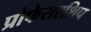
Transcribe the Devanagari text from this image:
प्रोफेसरशिप